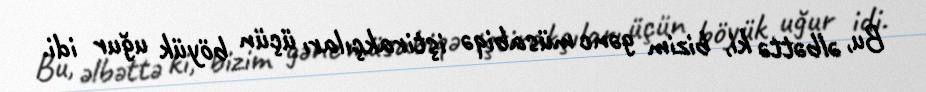
Bu, əlbəttə ki, bizim gənc müsabiqə iştirakçıları üçün böyük uğur idi.